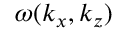
\omega ( k _ { x } , k _ { z } )